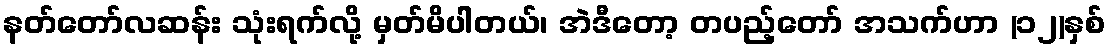
နတ်တော်လဆန်း သုံးရက်လို့ မှတ်မိပါတယ်၊ အဲဒီတော့ တပည့်တော် အသက်ဟာ (၁၂)နှစ်